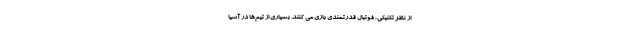
از نظر تکنیکی، فوتبال قدرتمندی بازی می کنند. بسیاری از تیم‌ها در آسیا